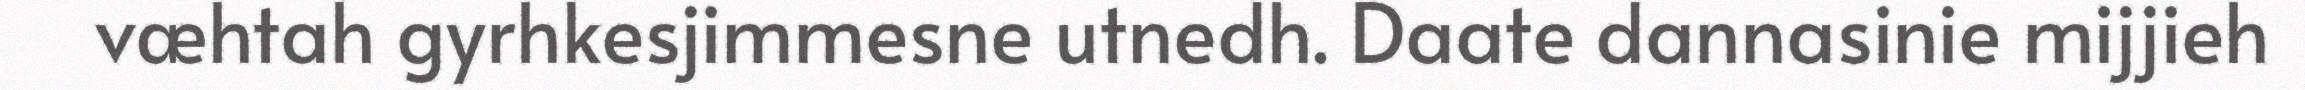
væhtah gyrhkesjimmesne utnedh. Daate dannasinie mijjieh